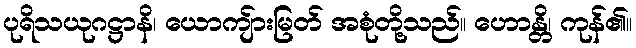
ပုရိသယုဂဋ္ဌာနိ၊ ယောကျ်ားမြတ် အစုံတို့သည်။ ဟောန္တိ၊ ကုန်၏။